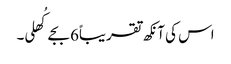
اس کی آنکھ تقریباً6 بجے کُھلی۔